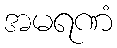
အမရဏံ